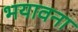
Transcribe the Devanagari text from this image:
भयावना